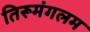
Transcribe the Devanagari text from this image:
तिरूमंगलम